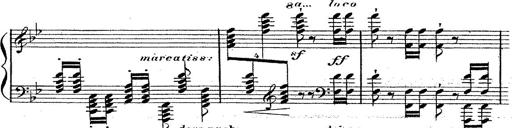
Title: 12 Lieder von Franz Schubert
Composer: Franz Liszt